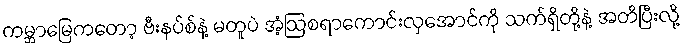
ကမ္ဘာမြေကတော့ ဗီးနပ်စ်နဲ့ မတူပဲ အံ့ဩစရာကောင်းလှအောင်ကို သက်ရှိတို့နဲ့ အတိပြီးလို့